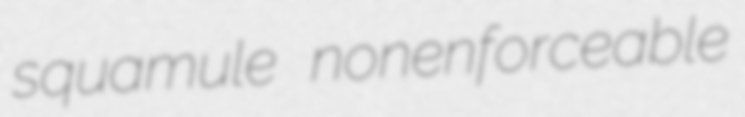
squamule nonenforceable